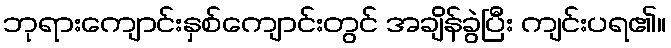
ဘုရားကျောင်းနှစ်ကျောင်းတွင် အချိန်ခွဲပြီး ကျင်းပရ၏။